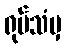
ရုပ်သံမှ